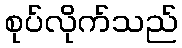
စုပ်လိုက်သည်